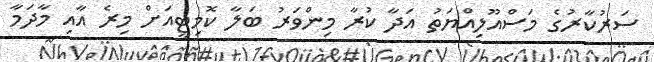
ސަރުކާރުގެ މަސްއޫލިއްޔަތު އަދާ ކުރާ މިންވަރު ބަލާ ކޮމިޓީއަށް މިރެ އާއި މާދަމާ